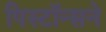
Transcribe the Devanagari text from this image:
पिस्टॉन्सने